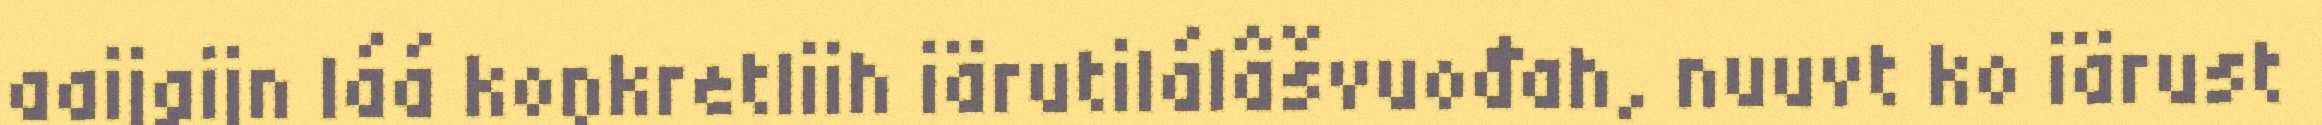
aaijgijn láá koŋkretliih iärutilálâšvuođah, nuuvt ko iärust